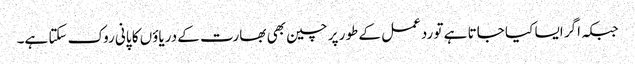
جبکہ اگر ایسا کیا جاتا ہے تو ردعمل کے طور پر چین بھی بھارت کے دریاؤں کا پانی روک سکتا ہے۔